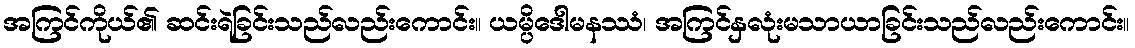
အကြင်ကိုယ်၏ ဆင်းရဲခြင်းသည်လည်းကောင်း။ ယမ္ပိဒေါမနဿံ၊ အကြင်နှလုံးမသာယာခြင်းသည်လည်းကောင်း။